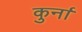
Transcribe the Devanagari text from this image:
कुर्ना